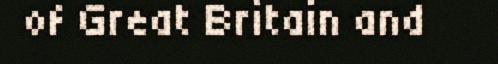
of Great Britain and